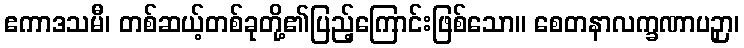
ဧကာဒသမီ၊ တစ်ဆယ့်တစ်ခုတို့၏ပြည့်ကြောင်းဖြစ်သော။ စေတနာလက္ခဏာပဉှာ၊